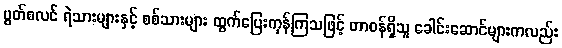
မွတ်စလင် ရဲသားများနှင့် စစ်သားများ ထွက်ပြေးကုန်ကြသဖြင့် တာဝန်ရှိသူ ခေါင်းဆောင်များကလည်း